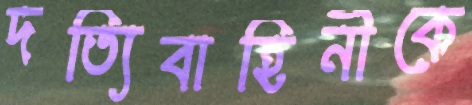
দত্যিবাহিনীকে